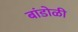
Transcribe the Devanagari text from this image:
बांडोळी